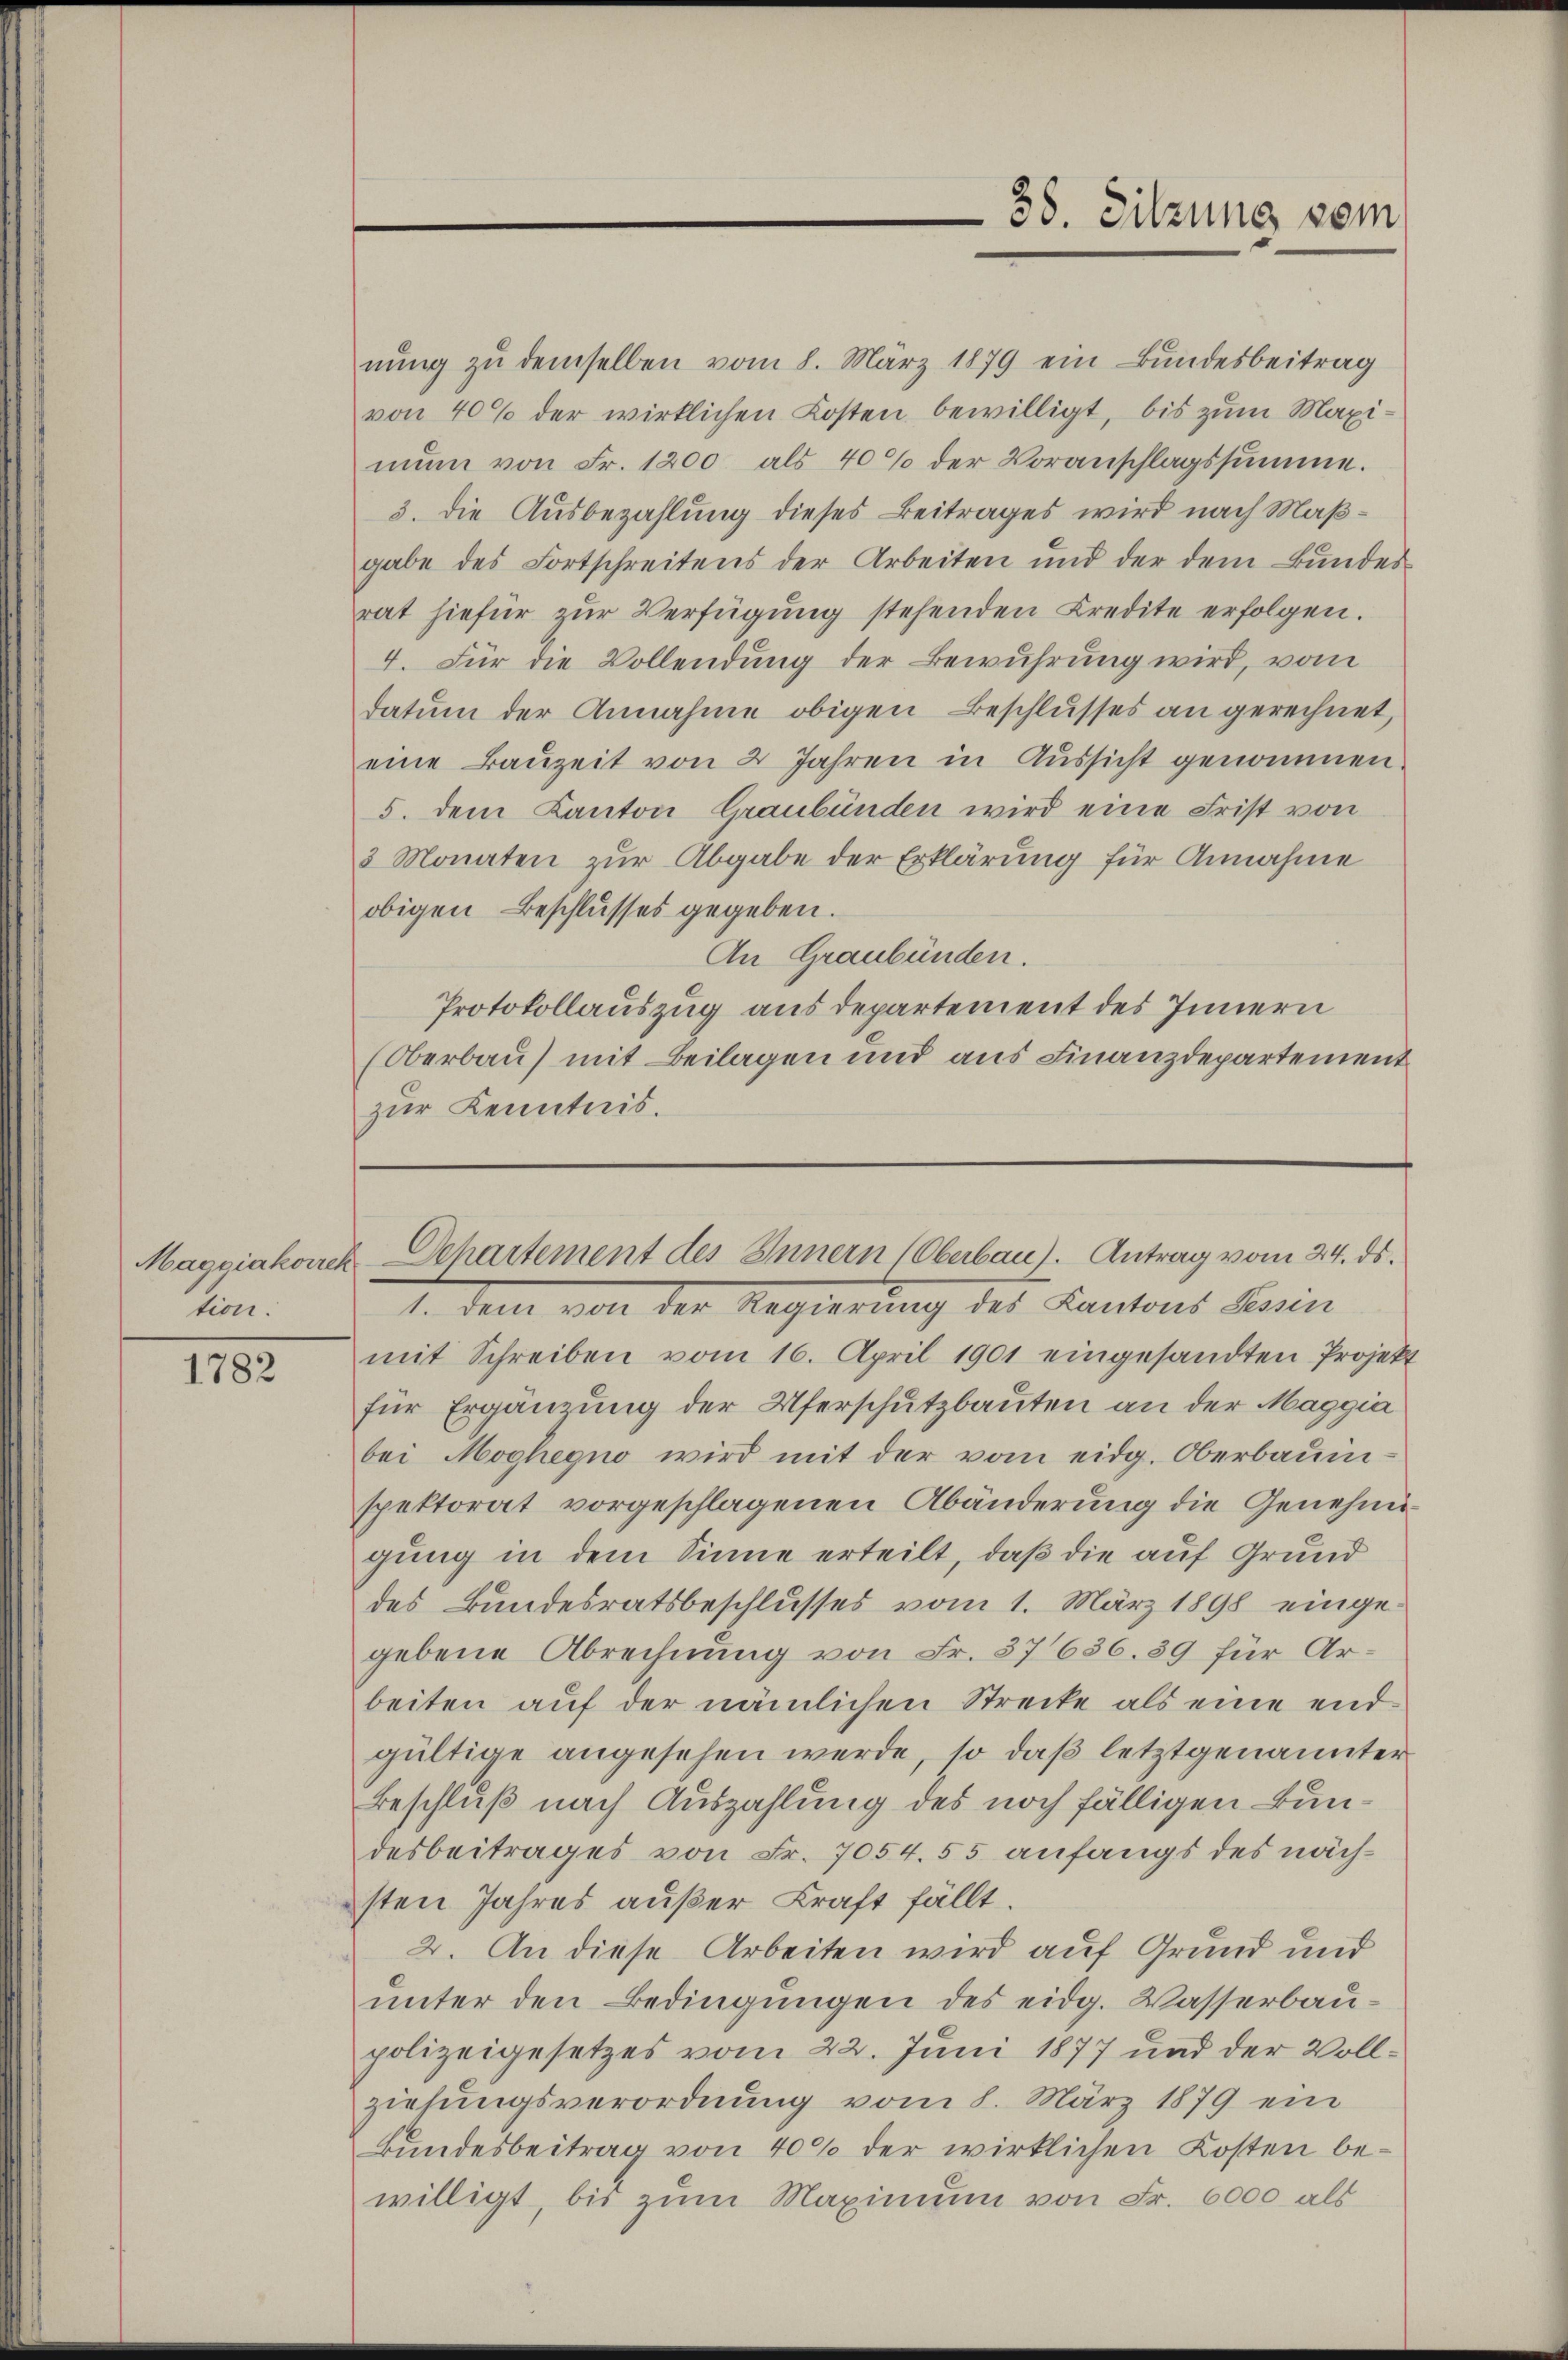
Maggiakorrek
ton.

1782

nŭng zu demselben vom 8. März 1879 ein Bundesbeitrag
von 40% der wirklichen Kosten bewilligt, bis zum Maximŭn von Fr. 1200 als 40% der Voranschlagssumme.
3. die Ausbezahlung dieses Beitrages wird nach Maßgabe des Fortschreitens der Arbeiten und der dem Bundes-
rat hiefür zŭr Verfügung stehenden Credite erfolgen.
4. Für die Vollendung der Bewuhrung wird, vom
datum der Annahme obigen Beschlusses an gerechnet,
eine Bauzeit von 2 Jahren in Aussicht genommen
5. dem Kanton Graubünden wird eine Frist von
3 Monaten zur Abgabe der Erklärung für Annahme
obigen Beschlusses gegeben.
An Graubünden.
Protokollauszug aus departement des Innern
Oberbau) mit Beilagen und aus Finanzdepartement
zur Kenntnis.

1. Dem von der Regierung des Kantons Tessin
mit Schreiben vom 16. April 1901 eingesandten Projekt
für Ergänzung der Uferschutzbauten an der Maggia
bei Moghegno wird mit der vom eidg. Oberbaumspektorat vorgeschlagenen Abänderung die Genehmigung in dem Sinne erteilt, daß die auf Grund
des Bundesratsbeschlusses vom 1. März 1898 eingegebene Abrechnung von Fr. 37636. 39 für Arbeiten auf der nämlichen Strecke als eine endgültige angesehen werde, so daß letztgenannter
Beschluß nach Auszahlung des noch fälligen Bundesbeitrages von Fr. 7054. 55 anfangs des nächsten Jahres außer Kraft fällt.
2. An diese Arbeiten wird auf Grund und
unter den Bedingungen des eidg. Wasserbaupolizeigesetzes vom 22. Juni 1877 und der Vollziehungsverordnung vom 8. März 1879 ein
Bundesbeitrag von 400 der wirklichen Kosten bewilligt, bis zum Maximum von Fr. 6000 als

38. Sitzung vom

Departement des Innern (Oberbau). Antrag vom 24. ds.